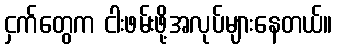
ငှက်တွေက ငါးဖမ်းဖို့အလုပ်များနေတယ်။